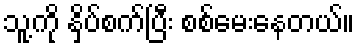
သူ့ကို နှိပ်စက်ပြီး စစ်မေးနေတယ်။